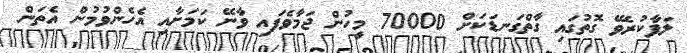
ލަފާކުރެވޭ ގޮތުގައި ގާތްގަނޑަކަށް 70000 މީހުން ޖަމާވެފައި ވާނޭ ކަމަށާއި އެހެންވުމުން އެތަން